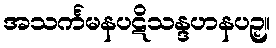
အသင်္ကမနပဋိသန္ဒဟနပဉှ။